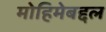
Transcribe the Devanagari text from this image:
मोहिमेबद्दल